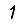
Digit: 1